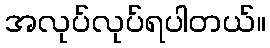
အလုပ်လုပ်ရပါတယ်။